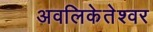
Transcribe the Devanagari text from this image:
अवलिकेतेश्‍वर